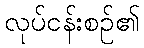
လုပ်ငန်းစဉ်၏